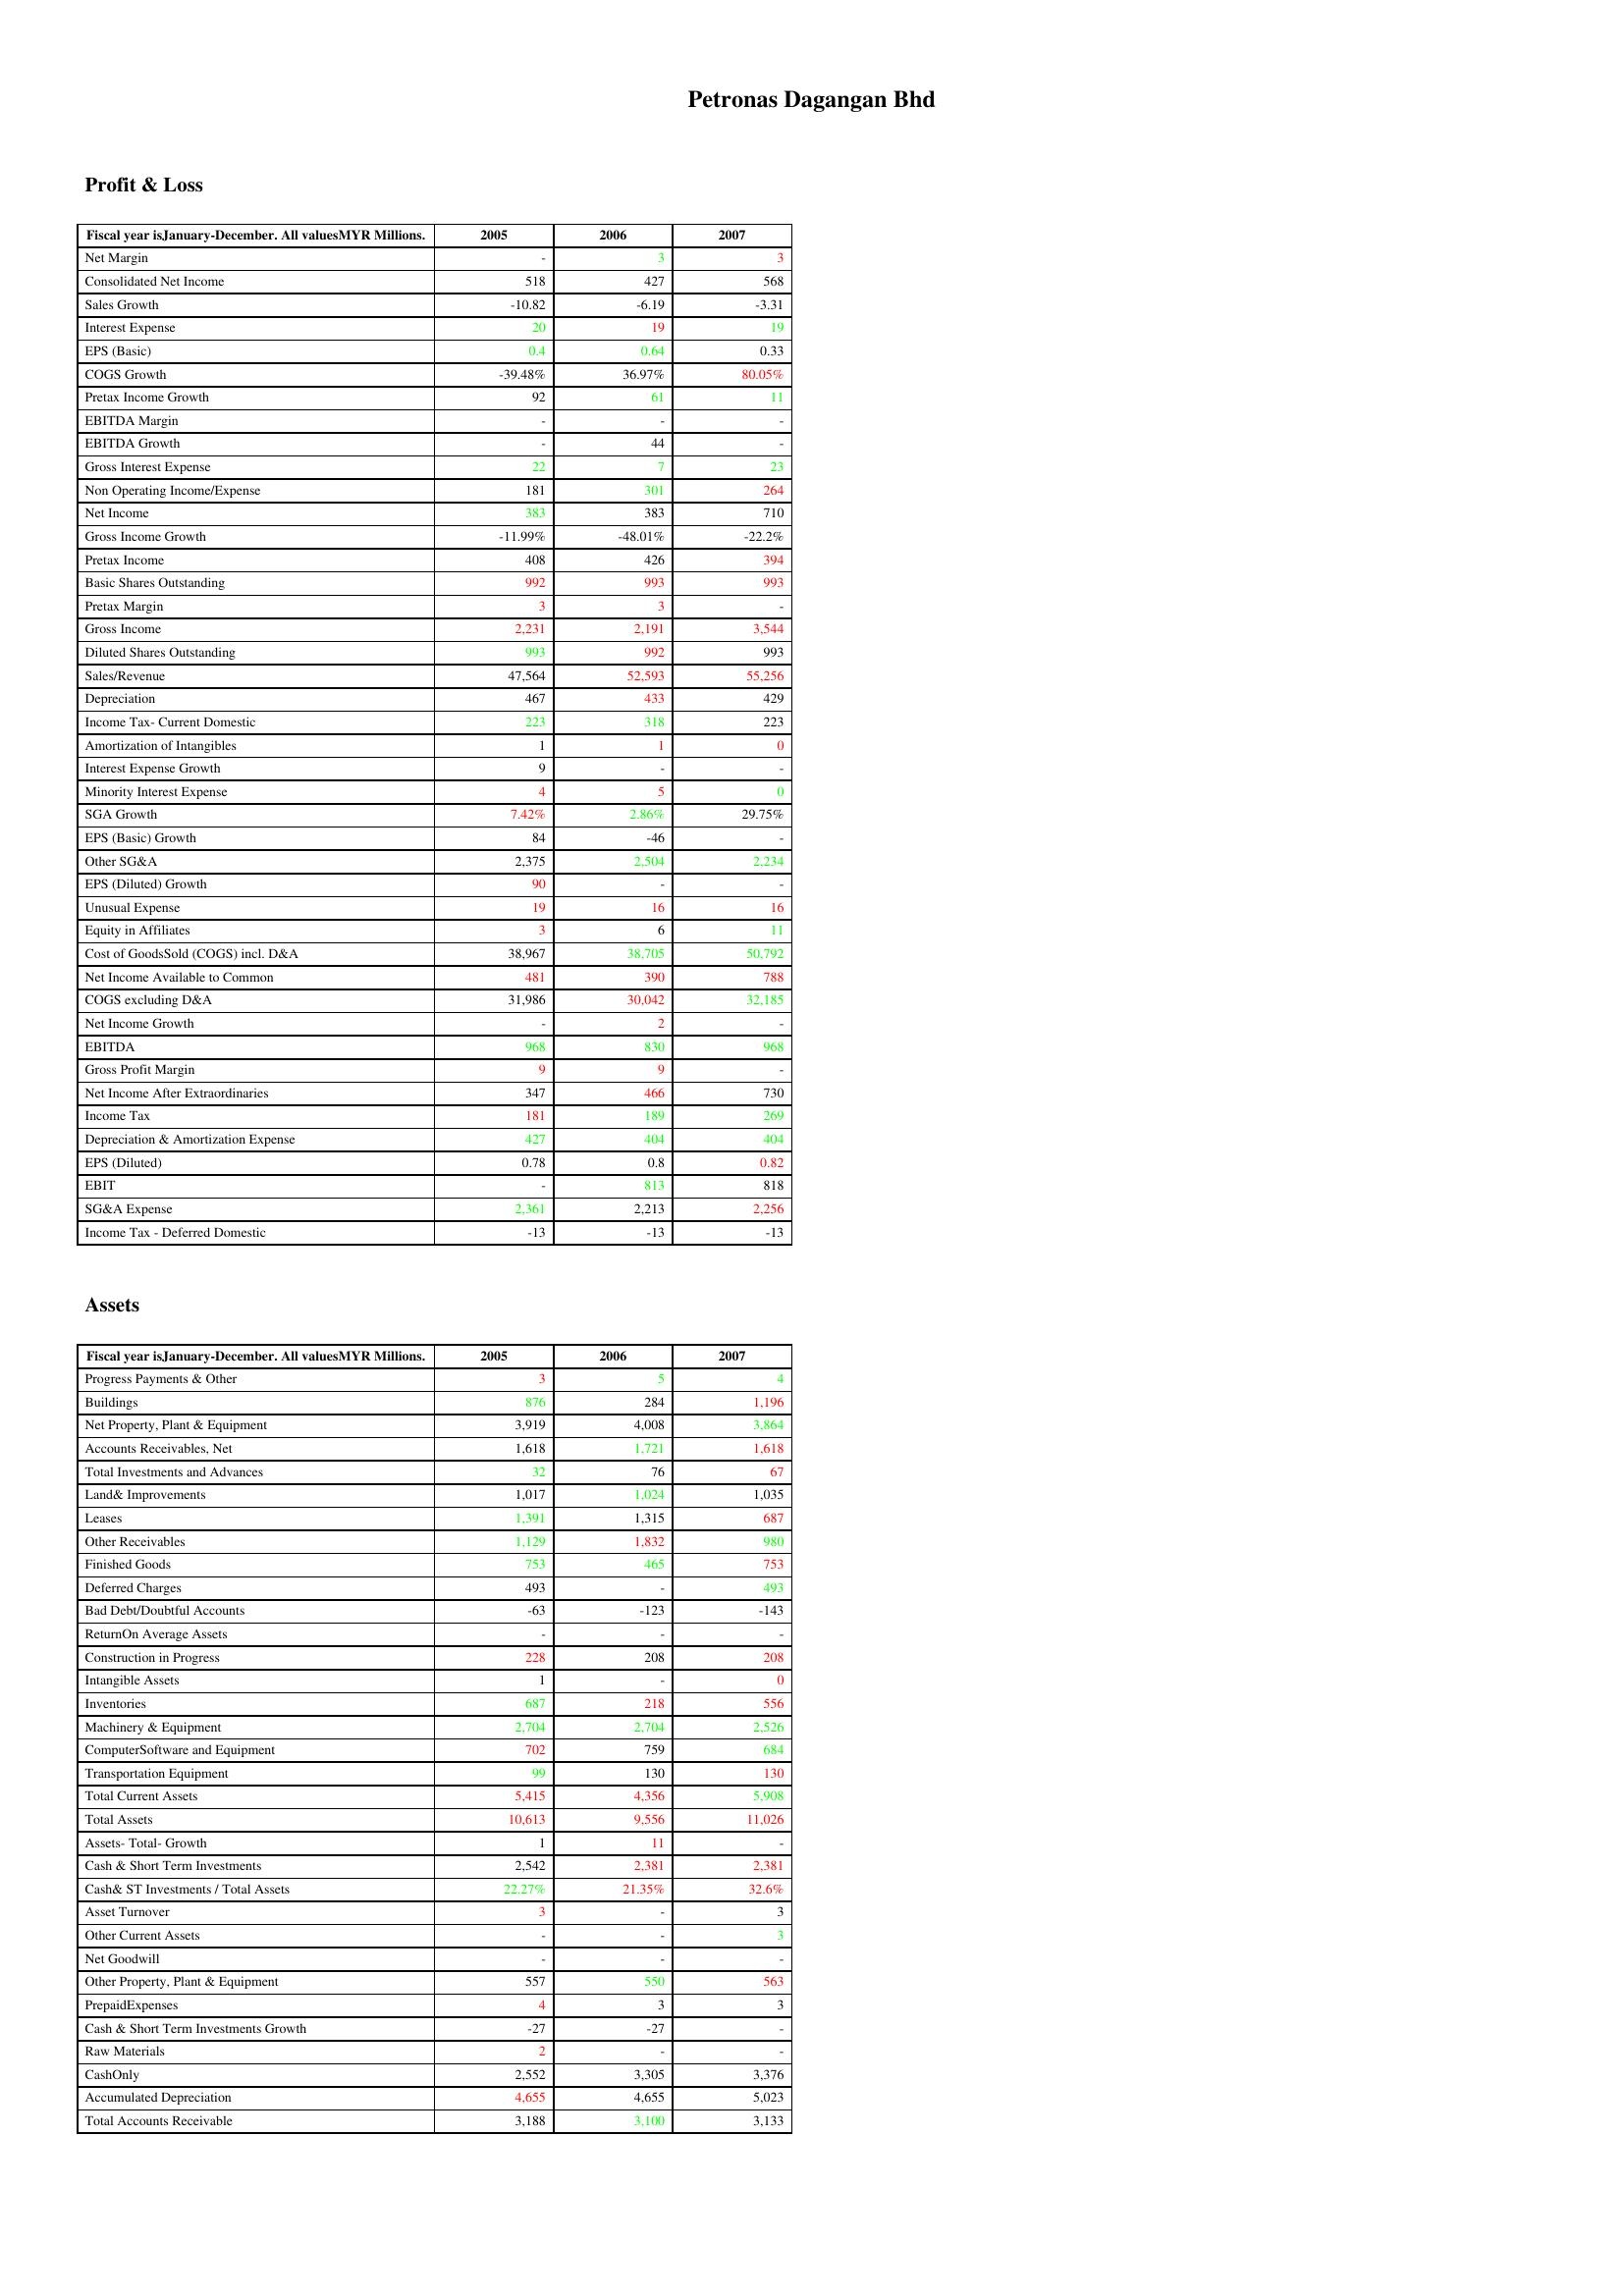
gt_parse: 2005: Profit & Loss: Net Margin: -
Consolidated Net Income: 518
Sales Growth: -10.82
Interest Expense: 20
EPS (Basic): 0.4
COGS Growth: -39.48%
Pretax Income Growth: 92
EBITDA Margin: -
EBITDA Growth: -
Gross Interest Expense: 22
Non Operating Income/Expense: 181
Net Income: 383
Gross Income Growth: -11.99%
Pretax Income: 408
Basic Shares Outstanding: 992
Pretax Margin: 3
Gross Income: 2,231
Diluted Shares Outstanding: 993
Sales/Revenue: 47,564
Depreciation: 467
Income Tax- Current Domestic: 223
Amortization of Intangibles: 1
Interest Expense Growth: 9
Minority Interest Expense: 4
SGA Growth: 7.42%
EPS (Basic) Growth: 84
Other SG&A: 2,375
EPS (Diluted) Growth: 90
Unusual Expense: 19
Equity in Affiliates: 3
Cost of GoodsSold (COGS) incl. D&A: 38,967
Net Income Available to Common: 481
COGS excluding D&A: 31,986
Net Income Growth: -
EBITDA: 968
Gross Profit Margin: 9
Net Income After Extraordinaries: 347
Income Tax: 181
Depreciation & Amortization Expense: 427
EPS (Diluted): 0.78
EBIT: -
SG&A Expense: 2,361
Income Tax - Deferred Domestic: -13
Assets: Progress Payments & Other: 3
Buildings: 876
Net Property, Plant & Equipment: 3,919
Accounts Receivables, Net: 1,618
Total Investments and Advances: 32
Land& Improvements: 1,017
Leases: 1,391
Other Receivables: 1,129
Finished Goods: 753
Deferred Charges: 493
Bad Debt/Doubtful Accounts: -63
ReturnOn Average Assets: -
Construction in Progress: 228
Intangible Assets: 1
Inventories: 687
Machinery & Equipment: 2,704
ComputerSoftware and Equipment: 702
Transportation Equipment: 99
Total Current Assets: 5,415
Total Assets: 10,613
Assets- Total- Growth: 1
Cash & Short Term Investments: 2,542
Cash& ST Investments / Total Assets: 22.27%
Asset Turnover: 3
Other Current Assets: -
Net Goodwill: -
Other Property, Plant & Equipment: 557
PrepaidExpenses: 4
Cash & Short Term Investments Growth: -27
Raw Materials: 2
CashOnly: 2,552
Accumulated Depreciation: 4,655
Total Accounts Receivable: 3,188
2006: Profit & Loss: Net Margin: 3
Consolidated Net Income: 427
Sales Growth: -6.19
Interest Expense: 19
EPS (Basic): 0.64
COGS Growth: 36.97%
Pretax Income Growth: 61
EBITDA Margin: -
EBITDA Growth: 44
Gross Interest Expense: 7
Non Operating Income/Expense: 301
Net Income: 383
Gross Income Growth: -48.01%
Pretax Income: 426
Basic Shares Outstanding: 993
Pretax Margin: 3
Gross Income: 2,191
Diluted Shares Outstanding: 992
Sales/Revenue: 52,593
Depreciation: 433
Income Tax- Current Domestic: 318
Amortization of Intangibles: 1
Interest Expense Growth: -
Minority Interest Expense: 5
SGA Growth: 2.86%
EPS (Basic) Growth: -46
Other SG&A: 2,504
EPS (Diluted) Growth: -
Unusual Expense: 16
Equity in Affiliates: 6
Cost of GoodsSold (COGS) incl. D&A: 38,705
Net Income Available to Common: 390
COGS excluding D&A: 30,042
Net Income Growth: 2
EBITDA: 830
Gross Profit Margin: 9
Net Income After Extraordinaries: 466
Income Tax: 189
Depreciation & Amortization Expense: 404
EPS (Diluted): 0.8
EBIT: 813
SG&A Expense: 2,213
Income Tax - Deferred Domestic: -13
Assets: Progress Payments & Other: 5
Buildings: 284
Net Property, Plant & Equipment: 4,008
Accounts Receivables, Net: 1,721
Total Investments and Advances: 76
Land& Improvements: 1,024
Leases: 1,315
Other Receivables: 1,832
Finished Goods: 465
Deferred Charges: -
Bad Debt/Doubtful Accounts: -123
ReturnOn Average Assets: -
Construction in Progress: 208
Intangible Assets: -
Inventories: 218
Machinery & Equipment: 2,704
ComputerSoftware and Equipment: 759
Transportation Equipment: 130
Total Current Assets: 4,356
Total Assets: 9,556
Assets- Total- Growth: 11
Cash & Short Term Investments: 2,381
Cash& ST Investments / Total Assets: 21.35%
Asset Turnover: -
Other Current Assets: -
Net Goodwill: -
Other Property, Plant & Equipment: 550
PrepaidExpenses: 3
Cash & Short Term Investments Growth: -27
Raw Materials: -
CashOnly: 3,305
Accumulated Depreciation: 4,655
Total Accounts Receivable: 3,100
2007: Profit & Loss: Net Margin: 3
Consolidated Net Income: 568
Sales Growth: -3.31
Interest Expense: 19
EPS (Basic): 0.33
COGS Growth: 80.05%
Pretax Income Growth: 11
EBITDA Margin: -
EBITDA Growth: -
Gross Interest Expense: 23
Non Operating Income/Expense: 264
Net Income: 710
Gross Income Growth: -22.2%
Pretax Income: 394
Basic Shares Outstanding: 993
Pretax Margin: -
Gross Income: 3,544
Diluted Shares Outstanding: 993
Sales/Revenue: 55,256
Depreciation: 429
Income Tax- Current Domestic: 223
Amortization of Intangibles: 0
Interest Expense Growth: -
Minority Interest Expense: 0
SGA Growth: 29.75%
EPS (Basic) Growth: -
Other SG&A: 2,234
EPS (Diluted) Growth: -
Unusual Expense: 16
Equity in Affiliates: 11
Cost of GoodsSold (COGS) incl. D&A: 50,792
Net Income Available to Common: 788
COGS excluding D&A: 32,185
Net Income Growth: -
EBITDA: 968
Gross Profit Margin: -
Net Income After Extraordinaries: 730
Income Tax: 269
Depreciation & Amortization Expense: 404
EPS (Diluted): 0.82
EBIT: 818
SG&A Expense: 2,256
Income Tax - Deferred Domestic: -13
Assets: Progress Payments & Other: 4
Buildings: 1,196
Net Property, Plant & Equipment: 3,864
Accounts Receivables, Net: 1,618
Total Investments and Advances: 67
Land& Improvements: 1,035
Leases: 687
Other Receivables: 980
Finished Goods: 753
Deferred Charges: 493
Bad Debt/Doubtful Accounts: -143
ReturnOn Average Assets: -
Construction in Progress: 208
Intangible Assets: 0
Inventories: 556
Machinery & Equipment: 2,526
ComputerSoftware and Equipment: 684
Transportation Equipment: 130
Total Current Assets: 5,908
Total Assets: 11,026
Assets- Total- Growth: -
Cash & Short Term Investments: 2,381
Cash& ST Investments / Total Assets: 32.6%
Asset Turnover: 3
Other Current Assets: 3
Net Goodwill: -
Other Property, Plant & Equipment: 563
PrepaidExpenses: 3
Cash & Short Term Investments Growth: -
Raw Materials: -
CashOnly: 3,376
Accumulated Depreciation: 5,023
Total Accounts Receivable: 3,133